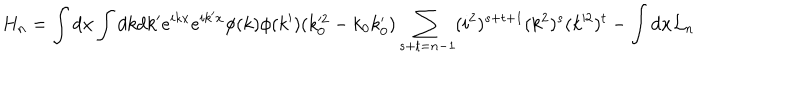
H _ { n } = \int d { \bf x } \int d k d k ^ { \prime } e ^ { i k x } e ^ { i k ^ { \prime } x } \phi ( k ) \phi ( k ^ { \prime } ) ( k _ { 0 } ^ { 2 } - k _ { 0 } k _ { 0 } ^ { \prime } ) \sum _ { s + t = n - 1 } ( i ^ { 2 } ) ^ { s + t + 1 } ( k ^ { 2 } ) ^ { s } ( k ^ { 2 } ) ^ { t } - \int d { \bf x } { \cal L } _ { n }